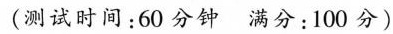
(测试时间：60分钟满分：100分)